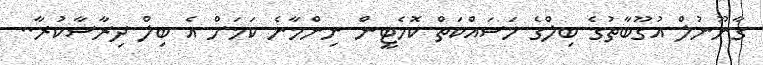
ގާނޫނުލް އުގޫބާތުގެ ބިލްގެ މަސައްކަތް ކޮމެޓީން ނިންމާނެ ކަމަށް އެ ބިލް ދިރާސާކުރާ..